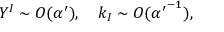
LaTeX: Y ^ { I } \sim O ( \alpha ^ { \prime } ) , \quad k _ { I } \sim O ( { \alpha ^ { \prime } } ^ { - 1 } ) ,